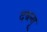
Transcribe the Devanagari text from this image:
दब्ल्यू